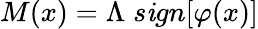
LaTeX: M(x)=\Lambda\; s\mathit{i}gn[\varphi(x)]